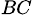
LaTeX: _{BC}